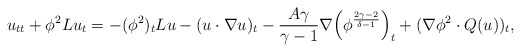
\begin{align*}u_{tt}+\phi^2 Lu_t=-(\phi^2)_t Lu-(u\cdot\nabla u)_t -\frac{A\gamma}{\gamma-1}\nabla \Big(\phi^{\frac{2\gamma-2}{\delta-1}}\Big)_t+(\nabla \phi^2 \cdot Q(u))_t,\end{align*}